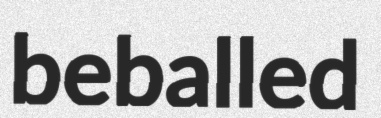
beballed